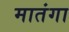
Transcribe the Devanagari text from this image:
मातंगा